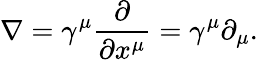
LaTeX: \nabla=\gamma^{\mu}{\frac{\partial}{\partial x^{\mu}}}=\gamma^{\mu}\partial_{\mu}.